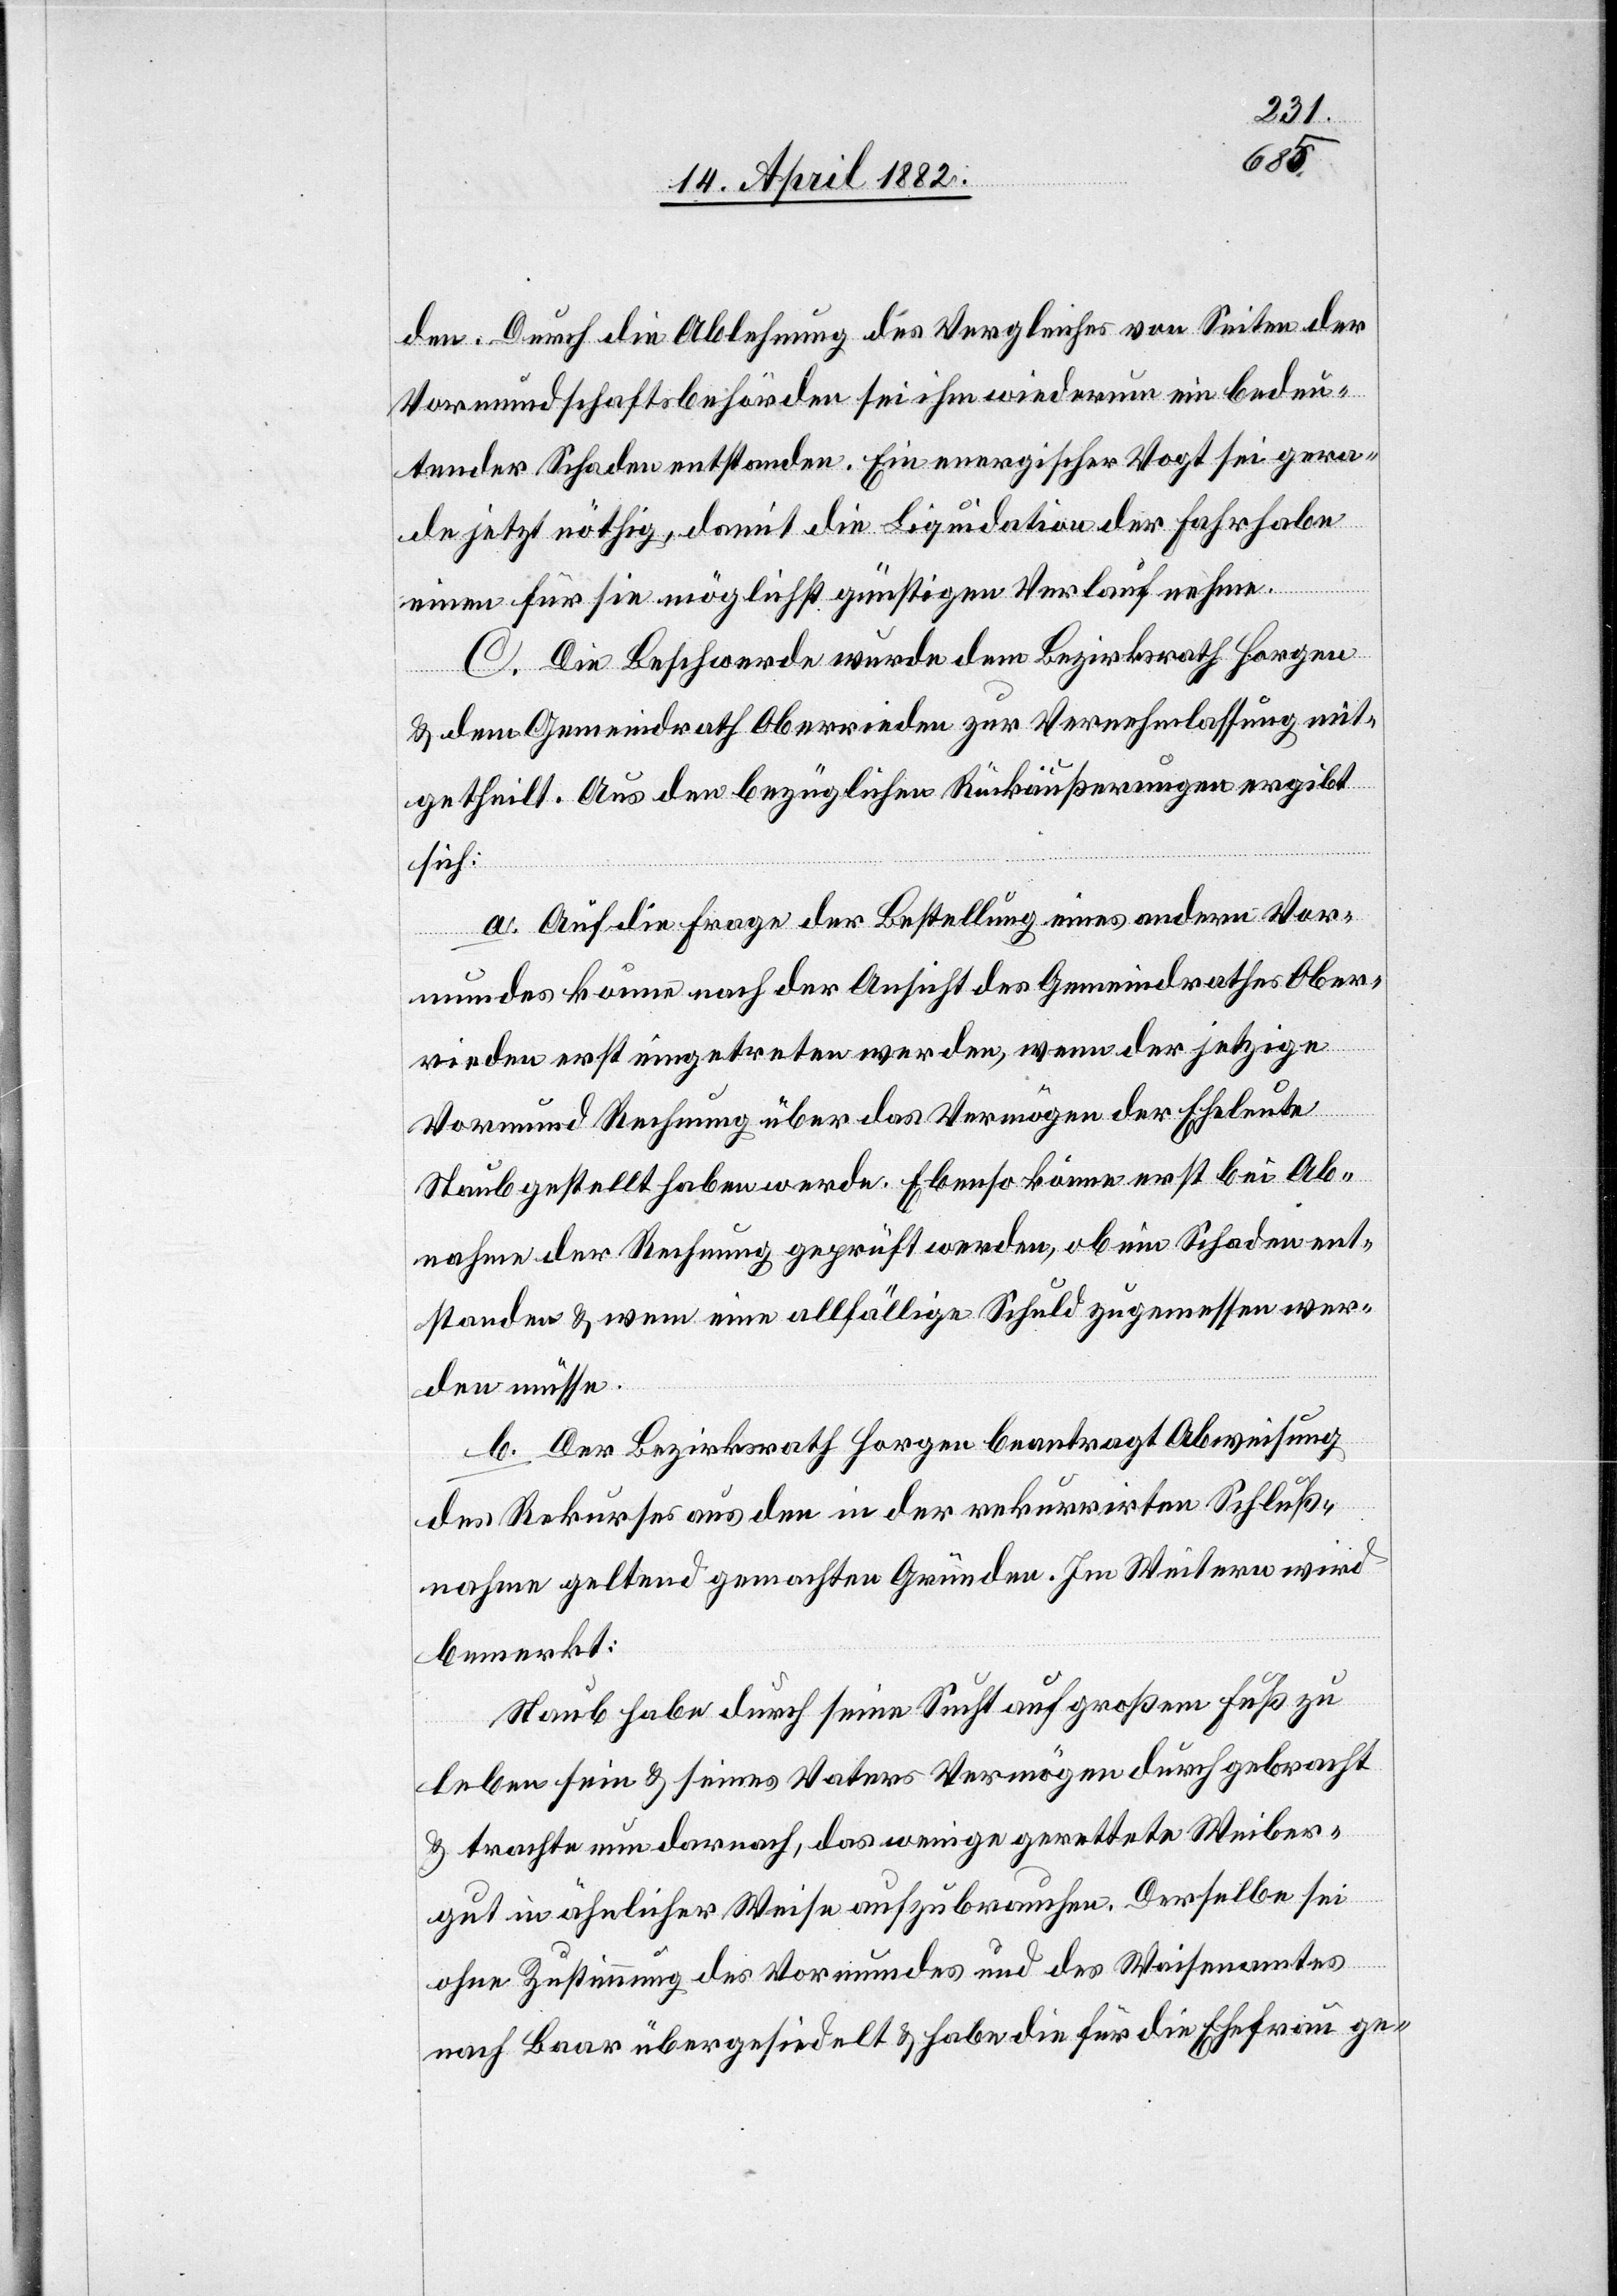
den. Durch die Ablehnung des Vergleiches von Seiten der
Vormundschaftsbehörden sei ihm wiederum ein bedeu¬
tender Schaden entstanden. Ein energischer Vogt sei gera¬
de jetzt nöthig, damit die Liquidation der Fahrhabe
einen für sie möglichst günstigen Verlauf nehme.
C. Die Beschwerde wurde dem Bezirksrath Horgen
& dem Gemeindrath Oberrieden zur Vernehmlassung mit¬
getheilt. Aus den bezüglichen Rückäußerungen ergibt
sich:
a. Auf die Frage der Bestellung eines andern Vor¬
mundes könne nach der Ansicht des Gemeindrathes Ober¬
rieden erst eingetreten werden, wenn der jetzige
Vormund Rechnung über das Vermögen der Eheleute
Staub gestellt haben werde. Ebenso könne erst bei Ab¬
nahme der Rechnung geprüft werden, ob ein Schaden ent¬
standen & wem eine allfällige Schuld zugemessen wer¬
den müsse.
b. Der Bezirksrath Horgen beantragt Abweisung
des Rekurses aus den in der rekurrirten Schluß¬
nahme geltend gemachten Gründen. Im Weitern wird
bemerkt:
Staub habe durch seine Sucht auf großem Fuß zu
leben sein & seines Vaters Vermögen durchgebracht
& trachte nun darnach, das wenige gerettete Weiber¬
gut in ähnlicher Weise aufzubrauchen. Derselbe sei
ohne Zustimmung des Vormundes und des Waisenamtes
nach Baar übergesiedelt & habe die für die Ehefrau ge-